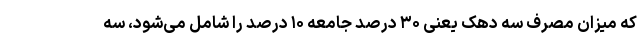
که میزان مصرف سه دهک یعنی ۳۰ درصد جامعه ۱۰ درصد را شامل می‌شود، سه